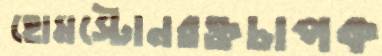
হোমস্টোনরক্তচাপক